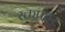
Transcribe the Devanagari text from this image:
रक्तप्रदर